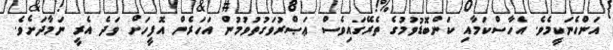
އަންހެނަކީމެވެ. އެހާސްކަމާއި ކަންބޮޑުވުމުގެ ތެރޭގައިވެސް ޢަޞްރުވަގުތުވުމުން އަހަރެން އޮފީހަށް ވަދެ އެރީ ނަމާދަށެވެ.